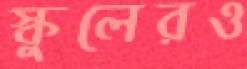
স্কুলেরও